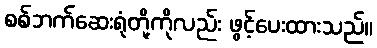
စစ်ဘက်ဆေးရုံတို့ကိုလည်း ဖွင့်ပေးထားသည်။